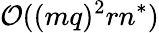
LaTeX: \mathcal{O}((mq)^{2}rn^{*})